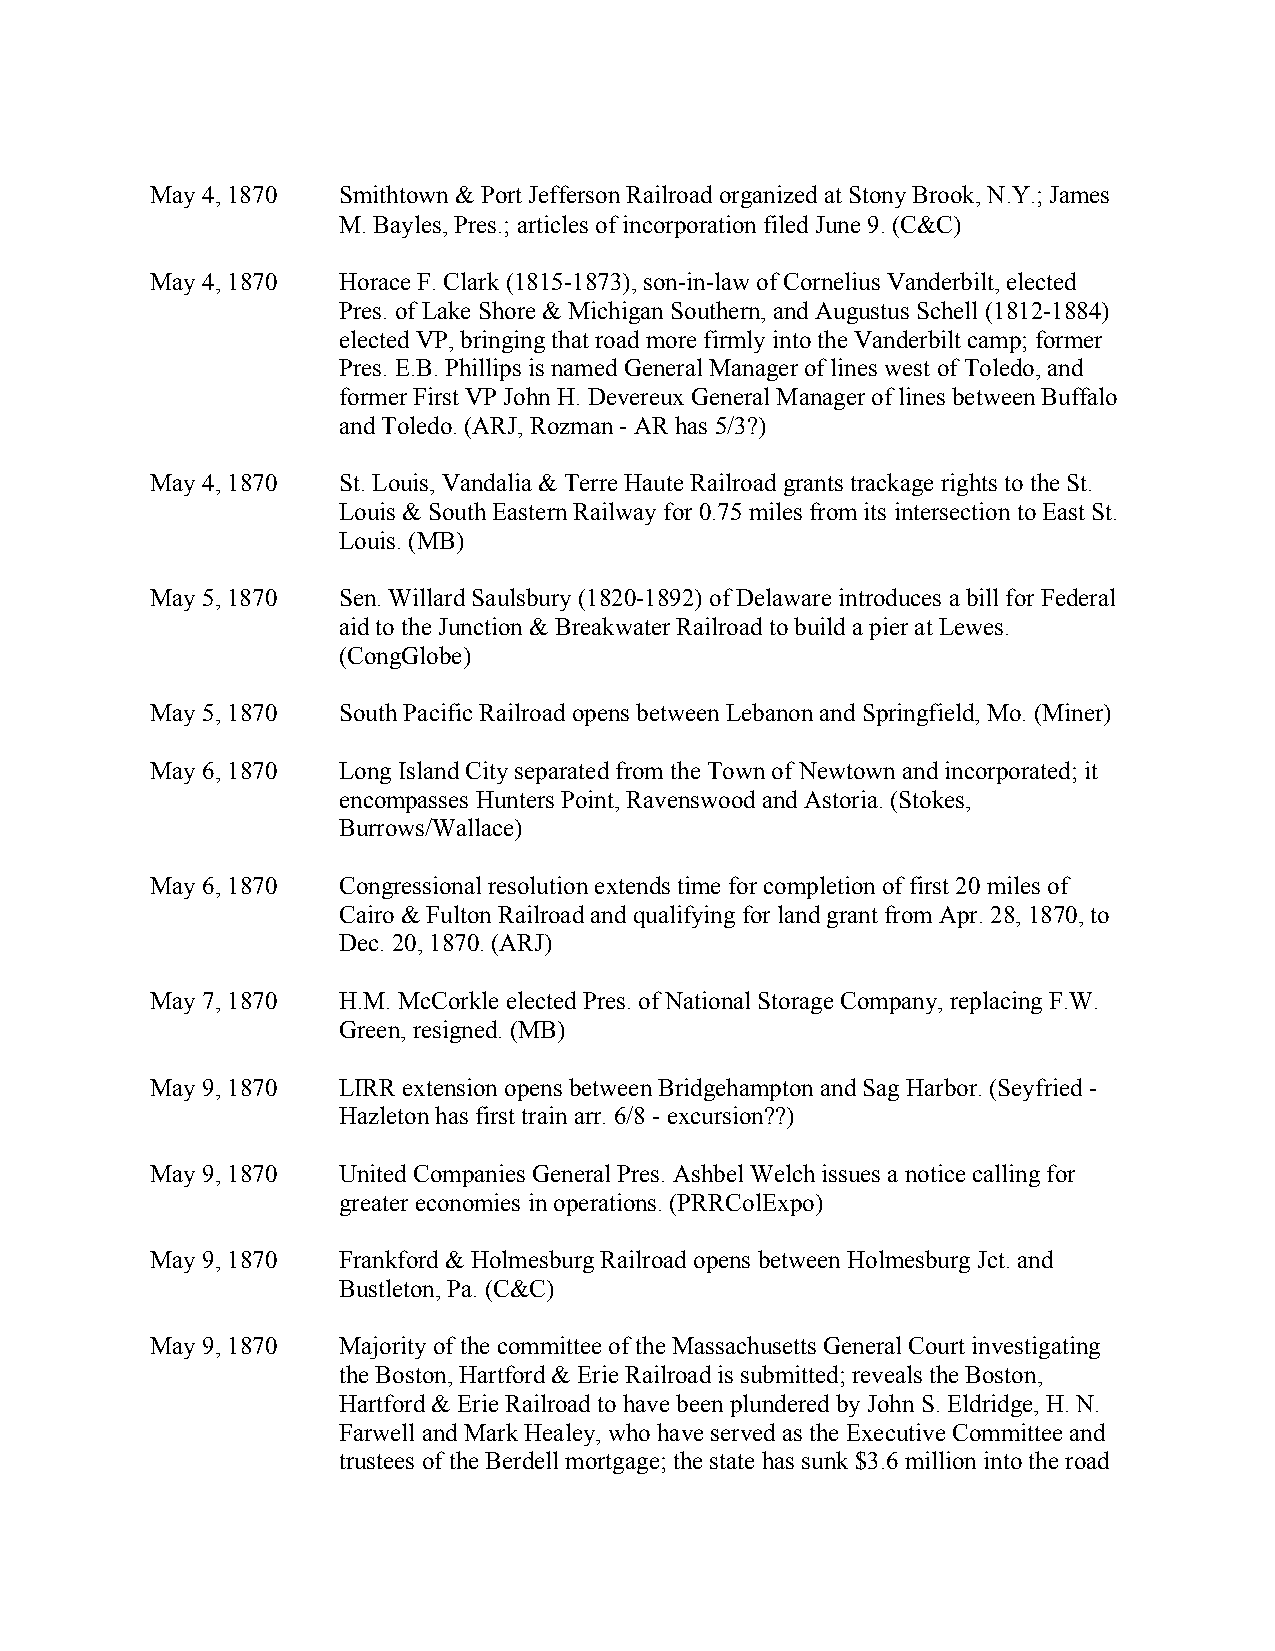
May 4, 1870 Smithtown & Port Jefferson Railroad organized at Stony Brook, N.Y.; James
 M. Bayles, Pres.; articles of incorporation filed June 9. (C&C)
 May 4, 1870 Horace F. Clark (1815-1873), son-in-law of Cornelius Vanderbilt, elected
 Pres. of Lake Shore & Michigan Southern, and Augustus Schell (1812-1884)
 elected VP, bringing that road more firmly into the Vanderbilt camp; former
 Pres. E.B. Phillips is named General Manager of lines west of Toledo, and
 former First VP John H. Devereux General Manager of lines between Buffalo
 and Toledo. (ARJ, Rozman - AR has 5/3?)
 May 4, 1870 St. Louis, Vandalia & Terre Haute Railroad grants trackage rights to the St.
 Louis & South Eastern Railway for 0.75 miles from its intersection to East St.
 Louis. (MB)
 May 5, 1870 Sen. Willard Saulsbury (1820-1892) of Delaware introduces a bill for Federal
 aid to the Junction & Breakwater Railroad to build a pier at Lewes.
 (CongGlobe)
 May 5, 1870 South Pacific Railroad opens between Lebanon and Springfield, Mo. (Miner)
 May 6, 1870 Long Island City separated from the Town of Newtown and incorporated; it
 encompasses Hunters Point, Ravenswood and Astoria. (Stokes,
 Burrows/Wallace)
 May 6, 1870 Congressional resolution extends time for completion of first 20 miles of
 Cairo & Fulton Railroad and qualifying for land grant from Apr. 28, 1870, to
 Dec. 20, 1870. (ARJ)
 May 7, 1870 H.M. McCorkle elected Pres. of National Storage Company, replacing F.W.
 Green, resigned. (MB)
 May 9, 1870 LIRR extension opens between Bridgehampton and Sag Harbor. (Seyfried -
 Hazleton has first train arr. 6/8 - excursion??)
 May 9, 1870 United Companies General Pres. Ashbel Welch issues a notice calling for
 greater economies in operations. (PRRColExpo)
 May 9, 1870 Frankford & Holmesburg Railroad opens between Holmesburg Jct. and
 Bustleton, Pa. (C&C)
 May 9, 1870 Majority of the committee of the Massachusetts General Court investigating
 the Boston, Hartford & Erie Railroad is submitted; reveals the Boston,
 Hartford & Erie Railroad to have been plundered by John S. Eldridge, H. N.
 Farwell and Mark Healey, who have served as the Executive Committee and
 trustees of the Berdell mortgage; the state has sunk $3.6 million into the road